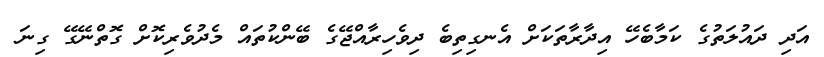
އަދި ދައުލަތުގެ ކަމާބެހޭ އިދާރާތަކަށް އެނގިތިބެ ދިވެހިރާއްޖޭގެ ބޭންކުތައް މެދުވެރިކޮށް ގޮތްނޭގޭ ގިނަ